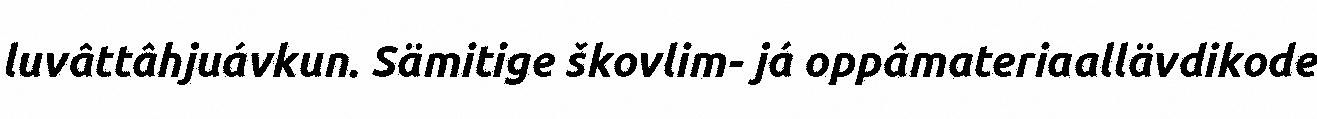
luvâttâhjuávkun. Sämitige škovlim- já oppâmateriaallävdikode